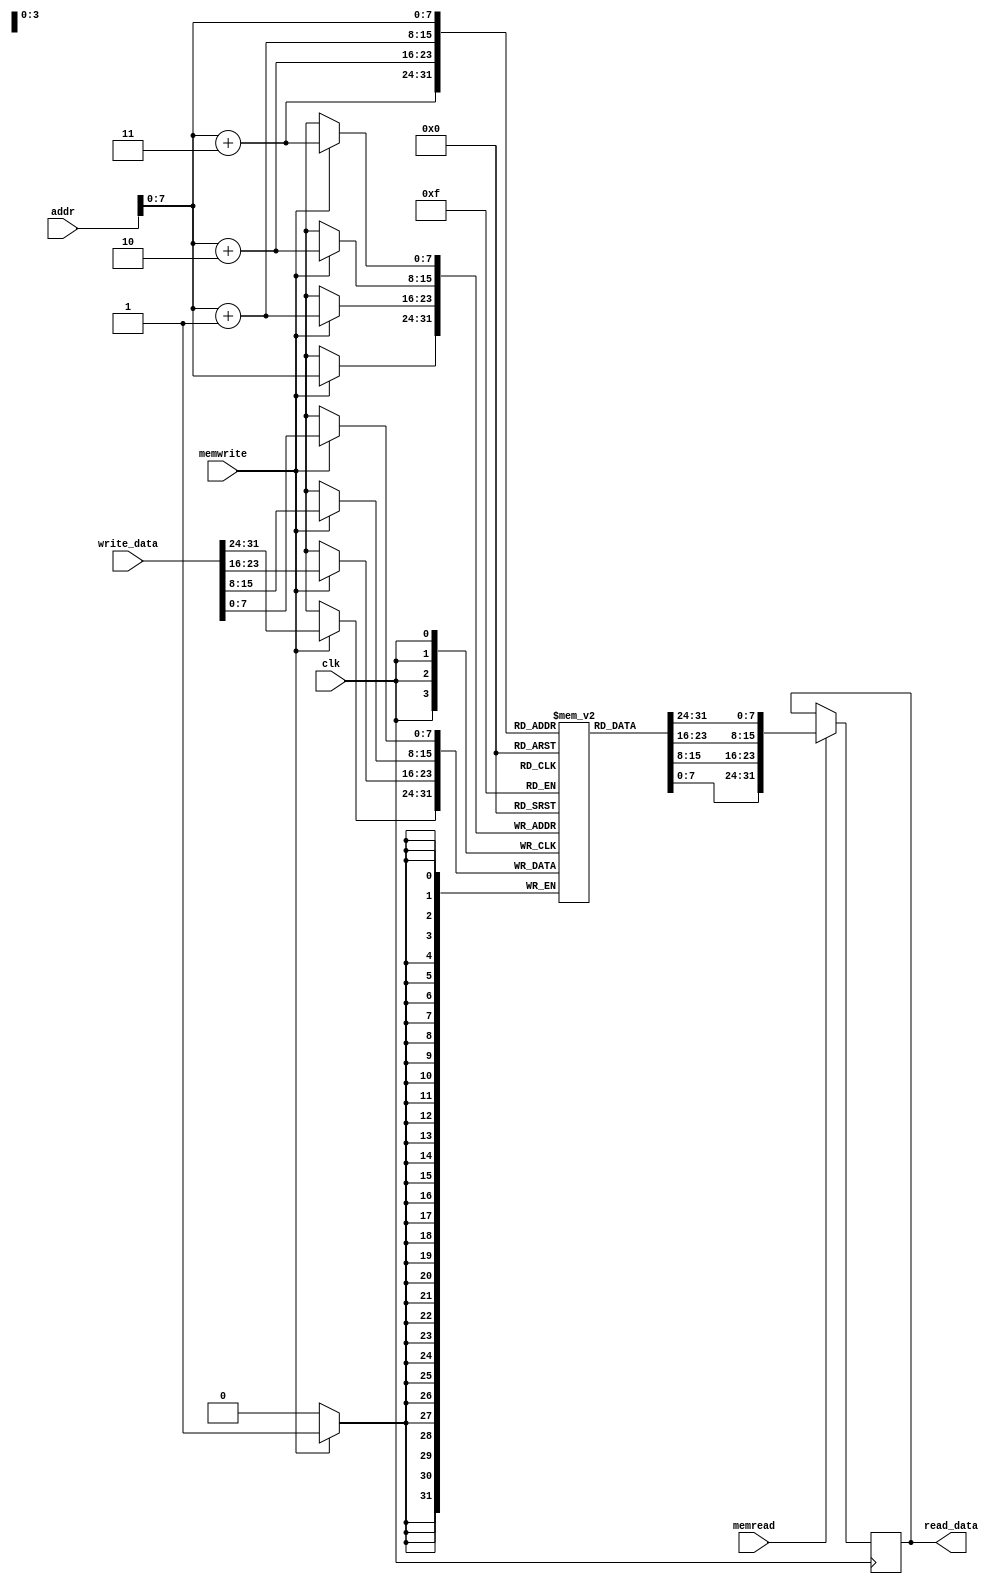
`timescale 1ns / 1ps

module DataMemory (

output reg [31:0] read_data,      // Output of Memory Address Contents
input  [31:0] addr,          // Memory Address
input  [31:0] write_data,    // Memory Address Contents
input   memread,
input   memwrite,
input   clk                  // All synchronous elements, including memories, should have a clock signal

);

reg [7:0] MEMO[128:0];  // changed 

// Using @(addr) will lead to unexpected behavior as memories are synchronous elements like registers
always @(negedge clk) begin
  if (memwrite == 1'b1) begin
    {MEMO[addr],MEMO[addr+1],MEMO[addr+2],MEMO[addr+3]} = write_data;
  end
end 

always @(posedge clk) begin
  // Use memread to indicate a valid address is on the line and read the memory into a register at that address when memread is asserted
  if (memread == 1'b1) begin
    read_data[31:0] =  {MEMO[addr],MEMO[addr+1],MEMO[addr+2],MEMO[addr+3]};
  end

end

endmodule